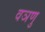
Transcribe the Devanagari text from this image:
वञणु